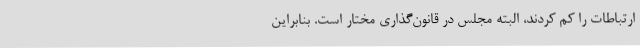
ارتباطات را کم کردند، البته مجلس در قانون‌گذاری مختار است. بنابراین